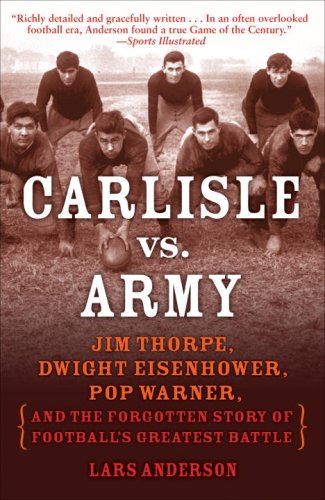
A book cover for Carlisle vs. Army: Jim Thorpe, Dwight Eisenhower, Pop Warner, and the Forgotten Story of Football's Greatest Battle; Lars Anderson; Biographies & Memoirs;